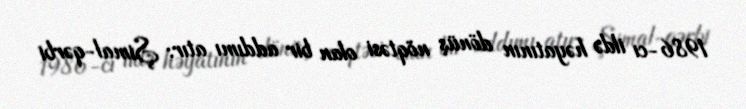
1986-cı ildə həyatının dönüş nöqtəsi olan bir addımı atır: Şimal-qərbi